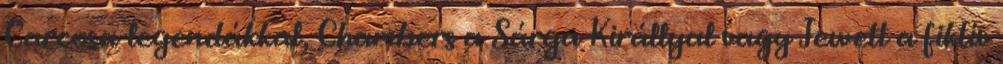
Carcosa-legendákkal, Chambers a Sárga Királlyal vagy Jewett a fiktív